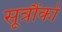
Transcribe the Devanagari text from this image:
सूत्रौंको